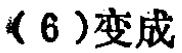
（6）变成